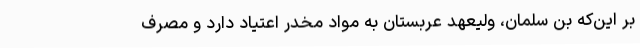
بر این‌که بن سلمان، ولیعهد عربستان به مواد مخدر اعتیاد دارد و مصرف